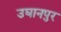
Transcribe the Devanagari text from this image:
उघानपुर